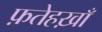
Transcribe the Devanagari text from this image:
फ़तेहख़ाँ